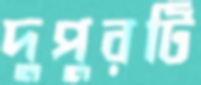
দুপুরটি